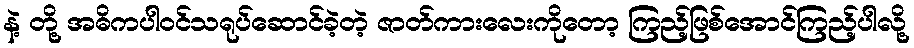
နဲ့ တို့ အဓိကပါဝင်သရုပ်ဆောင်ခဲ့တဲ့ ဇာတ်ကားလေးကိုတော့ ကြည့်ဖြစ်အောင်ကြည့်ပါလို့